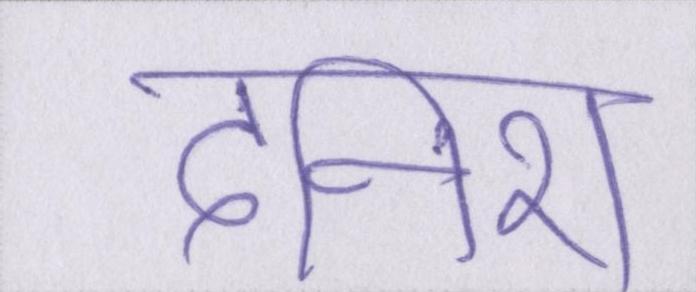
दनिश